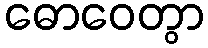
ဓောဝေတွာ